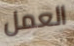
العمل